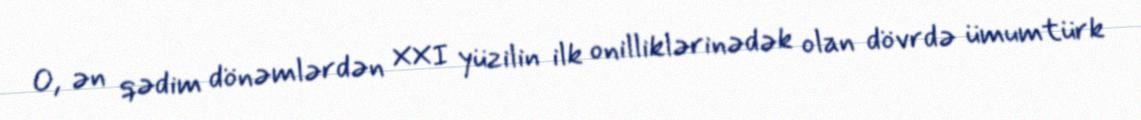
O, ən qədim dönəmlərdən XXI yüzilin ilk onilliklərinədək olan dövrdə ümumtürk